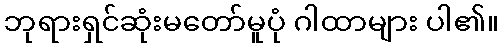
ဘုရားရှင်ဆုံးမတော်မူပုံ ဂါထာများ ပါ၏။